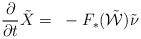
LaTeX: \begin{align*} \frac{\partial}{\partial t}\tilde{X}=~-F_*(\mathcal{\tilde{W}})\tilde{\nu} \end{align*}